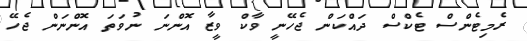
ރެމިޓެންސް ޓެކްސް ދައްކަން ޖެހޭނީ ވާކް ވީޒާ އޮންނަ ނުވަތަ އޮންނަން ޖެހޭ